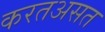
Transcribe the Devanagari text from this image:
करतअसत